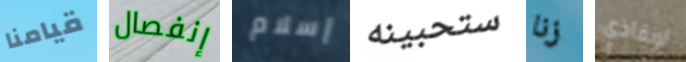
قيامنا إنفصال إسلام ستحبينه زنا لإنقاذي